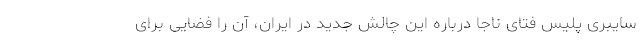
سایبری پلیس فتای ناجا درباره این چالش جدید در ایران، آن را فضایی برای